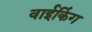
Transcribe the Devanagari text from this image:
वाईकिंग